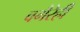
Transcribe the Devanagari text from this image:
वगैरेही